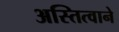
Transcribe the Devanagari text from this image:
अस्तित्‍वाने